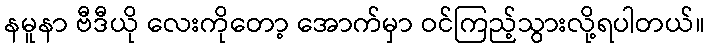
နမူနာ ဗီဒီယို လေးကိုတော့ အောက်မှာ ဝင်ကြည့်သွားလို့ရပါတယ်။